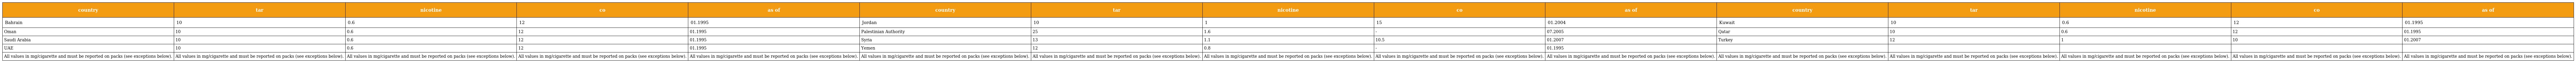
| country | tar | nicotine | co | as of | country | tar | nicotine | co | as of | country | tar | nicotine | co | as of |
 | --- | --- | --- | --- | --- | --- | --- | --- | --- | --- | --- | --- | --- | --- | --- |
 | Bahrain | 10 | 0.6 | 12 | 01.1995 | Jordan | 10 | 1 | 15 | 01.2004 | Kuwait | 10 | 0.6 | 12 | 01.1995 |
 | Oman | 10 | 0.6 | 12 | 01.1995 | Palestinian Authority | 25 | 1.6 | - | 07.2005 | Qatar | 10 | 0.6 | 12 | 01.1995 |
 | Saudi Arabia | 10 | 0.6 | 12 | 01.1995 | Syria | 13 | 1.1 | 10.5 | 01.2007 | Turkey | 12 | 1 | 10 | 01.2007 |
 | UAE | 10 | 0.6 | 12 | 01.1995 | Yemen | 12 | 0.8 | - | 01.1995 |  |  |  |  |  |
 | All values in mg/cigarette and must be reported on packs (see exceptions below). | All values in mg/cigarette and must be reported on packs (see exceptions below). | All values in mg/cigarette and must be reported on packs (see exceptions below). | All values in mg/cigarette and must be reported on packs (see exceptions below). | All values in mg/cigarette and must be reported on packs (see exceptions below). | All values in mg/cigarette and must be reported on packs (see exceptions below). | All values in mg/cigarette and must be reported on packs (see exceptions below). | All values in mg/cigarette and must be reported on packs (see exceptions below). | All values in mg/cigarette and must be reported on packs (see exceptions below). | All values in mg/cigarette and must be reported on packs (see exceptions below). | All values in mg/cigarette and must be reported on packs (see exceptions below). | All values in mg/cigarette and must be reported on packs (see exceptions below). | All values in mg/cigarette and must be reported on packs (see exceptions below). | All values in mg/cigarette and must be reported on packs (see exceptions below). | All values in mg/cigarette and must be reported on packs (see exceptions below). |